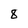
Character: 8